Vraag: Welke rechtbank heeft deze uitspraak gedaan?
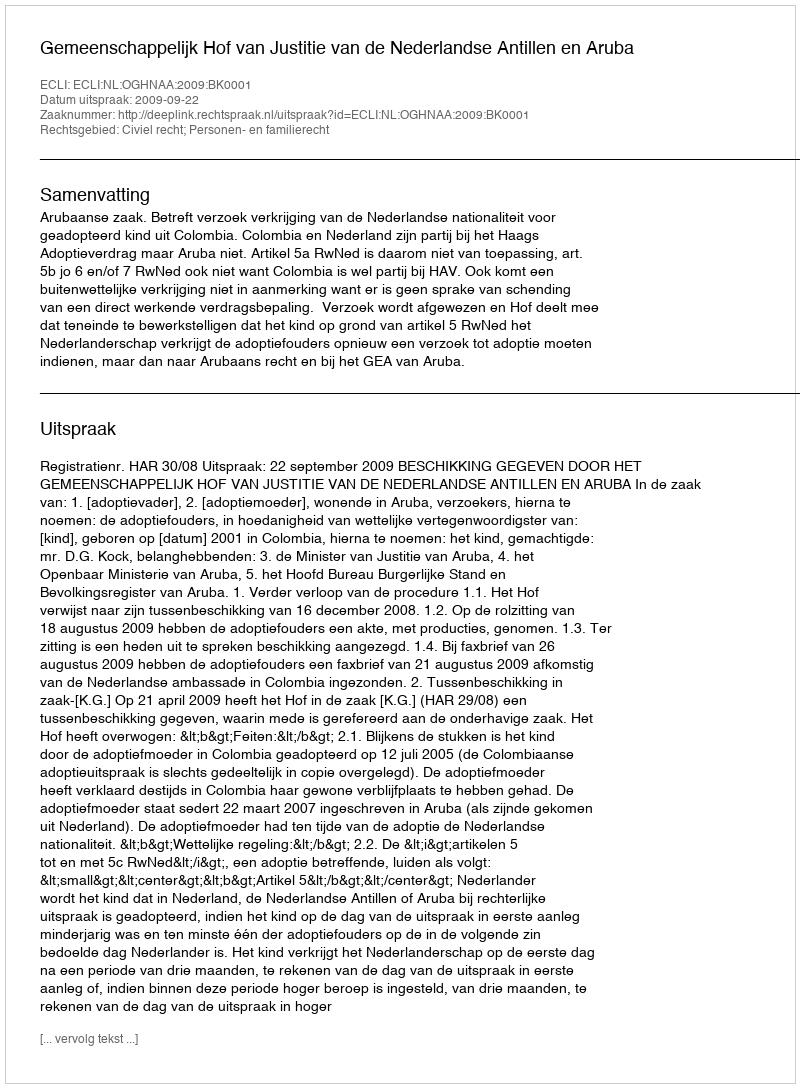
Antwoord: Gemeenschappelijk Hof van Justitie van de Nederlandse Antillen en Aruba